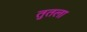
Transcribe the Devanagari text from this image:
तुतला